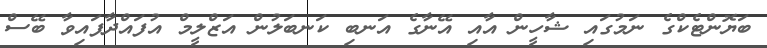
ބަޔޮންޓެކްގެ ނަމުގައި ޝާހީން އާއި އޭނާގެ އަނބި ކަނބަލުން އަޒްލީމް އުފައްދާފައިވާ ބޭސް